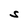
Character: S